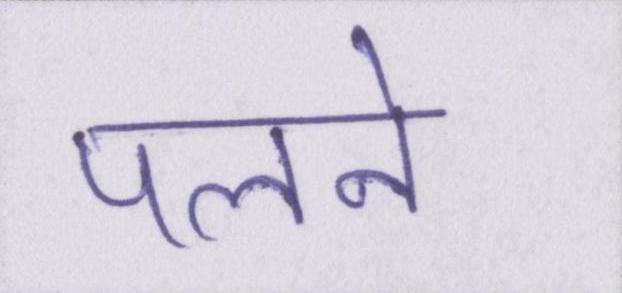
पलने